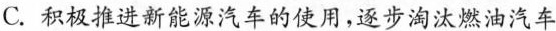
C.积极推进新能源汽车的使用，逐步淘汰燃油汽车